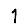
Digit: 1